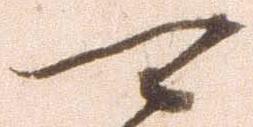
可